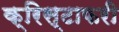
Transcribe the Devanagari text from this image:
क्रिस्टाफरी